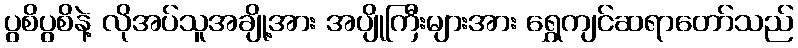
ပွစိပွစိနဲ့ လိုအပ်သူအချို့အား အပျိုကြီးများအား ရွှေကျင်ဆရာတော်သည်